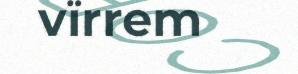
vïrrem